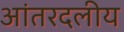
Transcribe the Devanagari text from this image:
आंतरदलीय